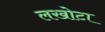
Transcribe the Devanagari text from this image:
लखोटा